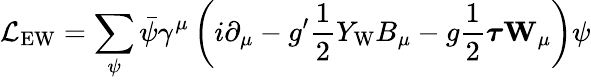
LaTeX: {\mathcal{L}}_{\mathrm{EW}}=\sum_{\psi}{\bar{\psi}}\gamma^{\mu}\left(i\partial_{\mu}-g^{\prime}{\frac{1}{2}}Y_{\mathrm{W}}B_{\mu}-g{\frac{1}{2}}{\boldsymbol{\tau}}\mathbf{W}_{\mu}\right)\psi